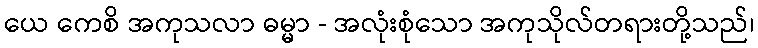
ယေ ကေစိ အကုသလာ ဓမ္မာ - အလုံးစုံသော အကုသိုလ်တရားတို့သည်၊